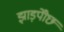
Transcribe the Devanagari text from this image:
झाड़पोेंछ